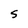
Character: S